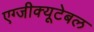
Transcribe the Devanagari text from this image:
एग्जीक्यूटेबल